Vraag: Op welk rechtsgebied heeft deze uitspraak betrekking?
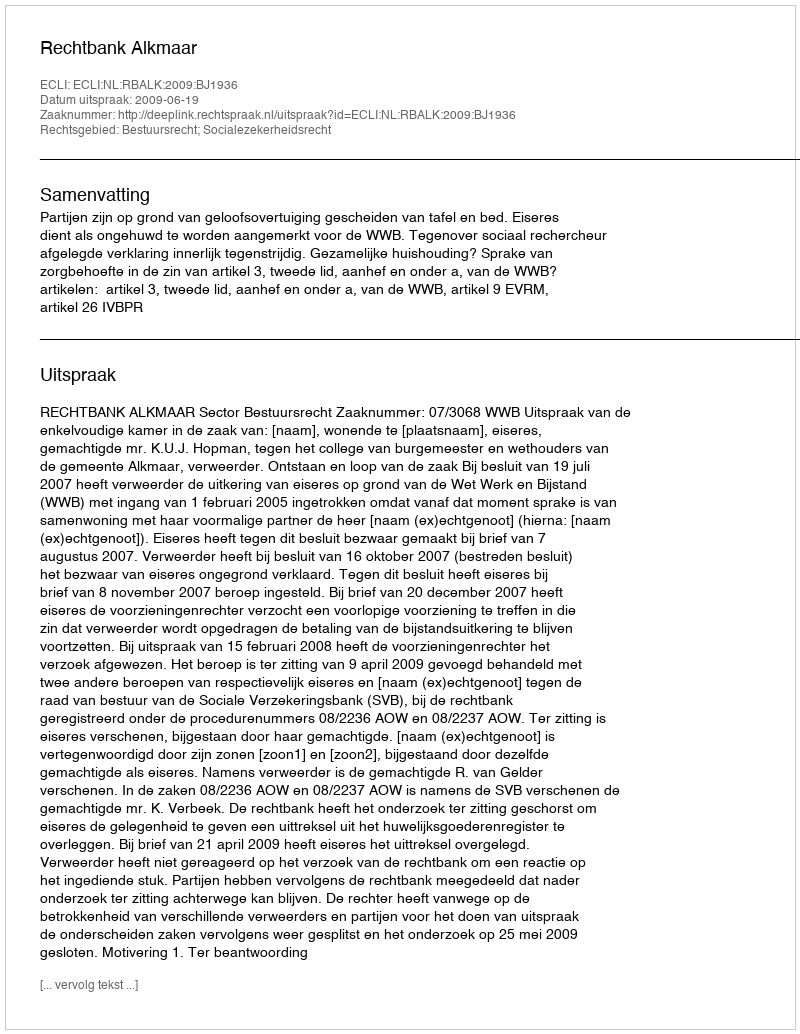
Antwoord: Bestuursrecht; Socialezekerheidsrecht